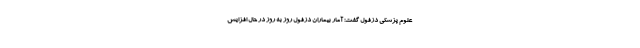
علوم پزشکی دزفول گفت: آمار بیماران دزفول روز به روز در حال افزایش